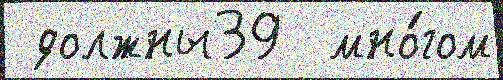
 должны39  мно́гом